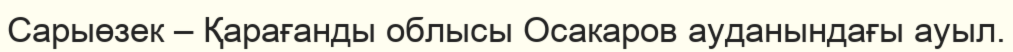
Сарыөзек – Қарағанды облысы Осакаров ауданындағы ауыл.